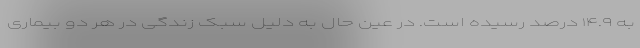
به ۱۴.۹ درصد رسیده است. در عین حال به دلیل سبک زندگی در هر دو بیماری